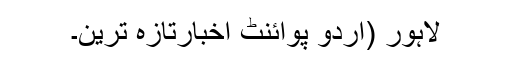
لاہور (اُردو پوائنٹ اخبارتازہ ترین۔